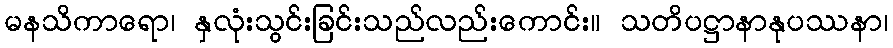
မနသိကာရော၊ နှလုံးသွင်းခြင်းသည်လည်းကောင်း။ သတိပဋ္ဌာနာနုပဿနာ၊